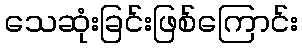
သေဆုံးခြင်းဖြစ်ကြောင်း